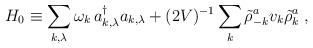
LaTeX: \begin{align*}H_0 \equiv \sum_{k, \lambda} \omega_k \, a_{k, \lambda}^{\dag} a_{k, \lambda} +(2V)^{-1} \sum_k \tilde{\rho}_{-k}^a v_k \tilde{\rho}_{k}^a\;\mbox{,}\end{align*}